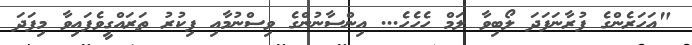
"އަހަރެންގެ ފުރާނަފަދަ ލޯބިވާ ލަމް ހެހެހެ... އިންސާނުންގެ ވިސްނުމާއި ފިކުރު ތަރައްގީވެފައިވާ މިފަދަ